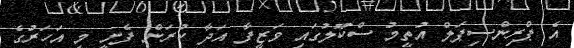
އެ ޕްރިންސިޕަލް އުތީމު ސްކޫލުގައި ވަޒީފާ އަދާ ކުރަން ފެށީ މި އަހަރުގެ